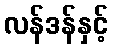
လန်ဒန်နှင့်